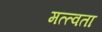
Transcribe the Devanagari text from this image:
मत्त्वता